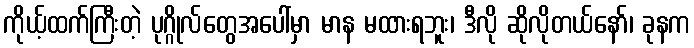
ကိုယ့်ထက်ကြီးတဲ့ ပုဂ္ဂိုလ်တွေအပေါ်မှာ မာန မထားရဘူး၊ ဒီလို ဆိုလိုတယ်နော်၊ ခုနက